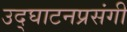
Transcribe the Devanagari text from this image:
उद्घाटनप्रसंगी